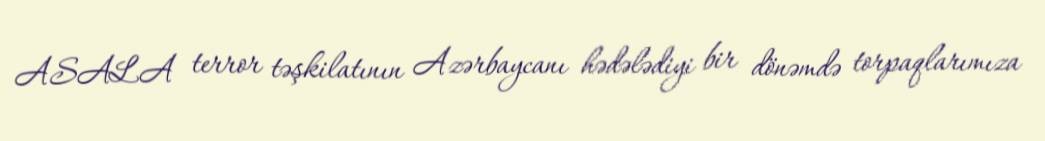
ASALA terror təşkilatının Azərbaycanı hədələdiyi bir dönəmdə torpaqlarımıza